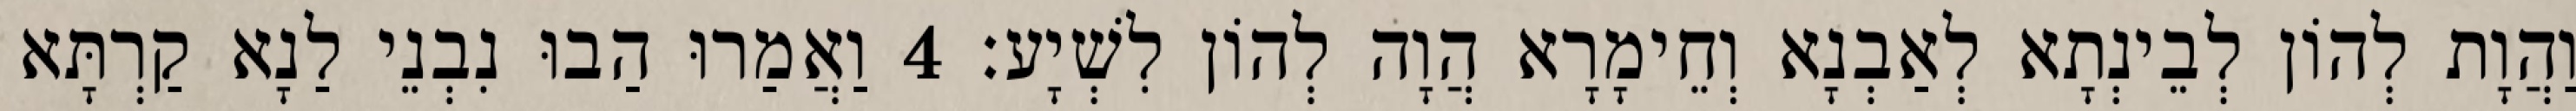
וַהֲוָת לְהוֹן לְבֵינְתָא לְאַבְנָא וְחֵימָרָא הֲוָה לְהוֹן לִשְׁיָע׃ 4 וַאֲמַרוּ הַבוּ נִבְנֵי לַנָא קַרְתָּא